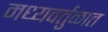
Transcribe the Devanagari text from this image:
मध्यवर्तुळात